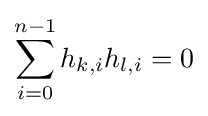
\sum _{i=0}^{n-1}h_{k,i}h_{l,i}=0